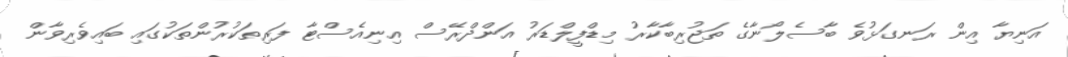
އަނިޔާ އިން ރަނގަޅުވެ ބާސެލޯނާގެ ތަޖުރިބާކާރު މިޑްފީލްޑަރު އަންދްރޭސް އިނިއެސްޓާ ފަރިތަކުރުންތަކުގައި ބައިވެރިވާން